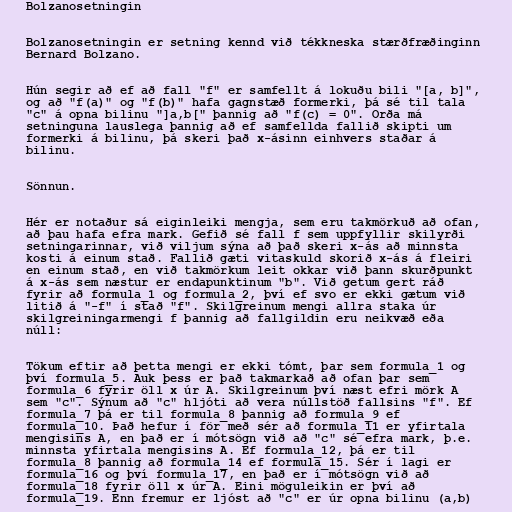
Bolzanosetningin

Bolzanosetningin er setning kennd við tékkneska stærðfræðinginn
Bernard Bolzano.

Hún segir að ef að fall "f" er samfellt á lokuðu bili "[a, b]",
og að "f(a)" og "f(b)" hafa gagnstæð formerki, þá sé til tala
"c" á opna bilinu "]a,b[" þannig að "f(c) = 0". Orða má
setninguna lauslega þannig að ef samfellda fallið skipti um
formerki á bilinu, þá skeri það x-ásinn einhvers staðar á
bilinu.

Sönnun.

Hér er notaður sá eiginleiki mengja, sem eru takmörkuð að ofan,
að þau hafa efra mark. Gefið sé fall f sem uppfyllir skilyrði
setningarinnar, við viljum sýna að það skeri x-ás að minnsta
kosti á einum stað. Fallið gæti vitaskuld skorið x-ás á fleiri
en einum stað, en við takmörkum leit okkar við þann skurðpunkt
á x-ás sem næstur er endapunktinum "b". Við getum gert ráð
fyrir að formula_1 og formula_2, því ef svo er ekki gætum við
litið á "-f" í stað "f". Skilgreinum mengi allra staka úr
skilgreiningarmengi f þannig að fallgildin eru neikvæð eða
núll:

Tökum eftir að þetta mengi er ekki tómt, þar sem formula_1 og
því formula_5. Auk þess er það takmarkað að ofan þar sem
formula_6 fyrir öll x úr A. Skilgreinum því næst efri mörk A
sem "c". Sýnum að "c" hljóti að vera núllstöð fallsins "f". Ef
formula_7 þá er til formula_8 þannig að formula_9 ef
formula_10. Það hefur í för með sér að formula_11 er yfirtala
mengisins A, en það er í mótsögn við að "c" sé efra mark, þ.e.
minnsta yfirtala mengisins A. Ef formula_12, þá er til
formula_8 þannig að formula_14 ef formula_15. Sér í lagi er
formula_16 og því formula_17, en það er í mótsögn við að
formula_18 fyrir öll x úr A. Eini möguleikin er því að
formula_19. Enn fremur er ljóst að "c" er úr opna bilinu (a,b)